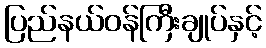
ပြည်နယ်ဝန်ကြီးချုပ်နှင့်